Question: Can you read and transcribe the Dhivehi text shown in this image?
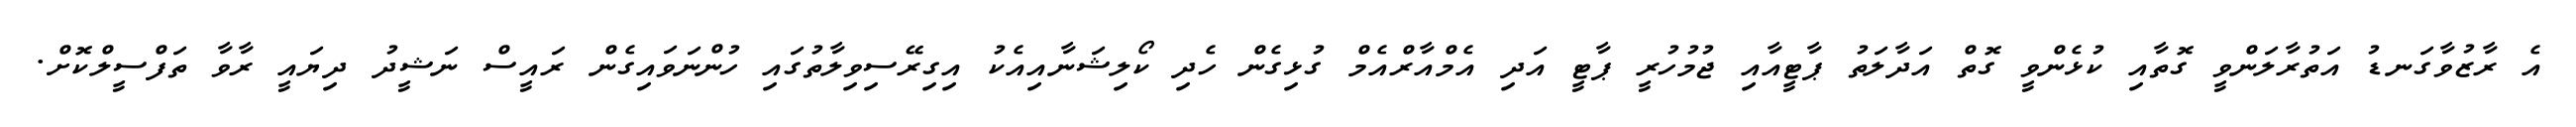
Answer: އެ ރާޒުވާގަނޑު އަތުރާލަންވީ ގޮތާއި ކުޅެންވީ ގޮތް އަދާލަތު ޕާޓީއާއި ޖުމުހުރީ ޕާޓީ އަދި އެމްއާރްއެމް ގުޅިގެން ހެދި ކޯލިޝަނާއިއެކު އިގިރޭސިވިލާތުގައި ހުންނަވައިގެން ރައީސް ނަޝީދު ދިޔައީ ރާވާ ތަފްސީލްކޮށް.